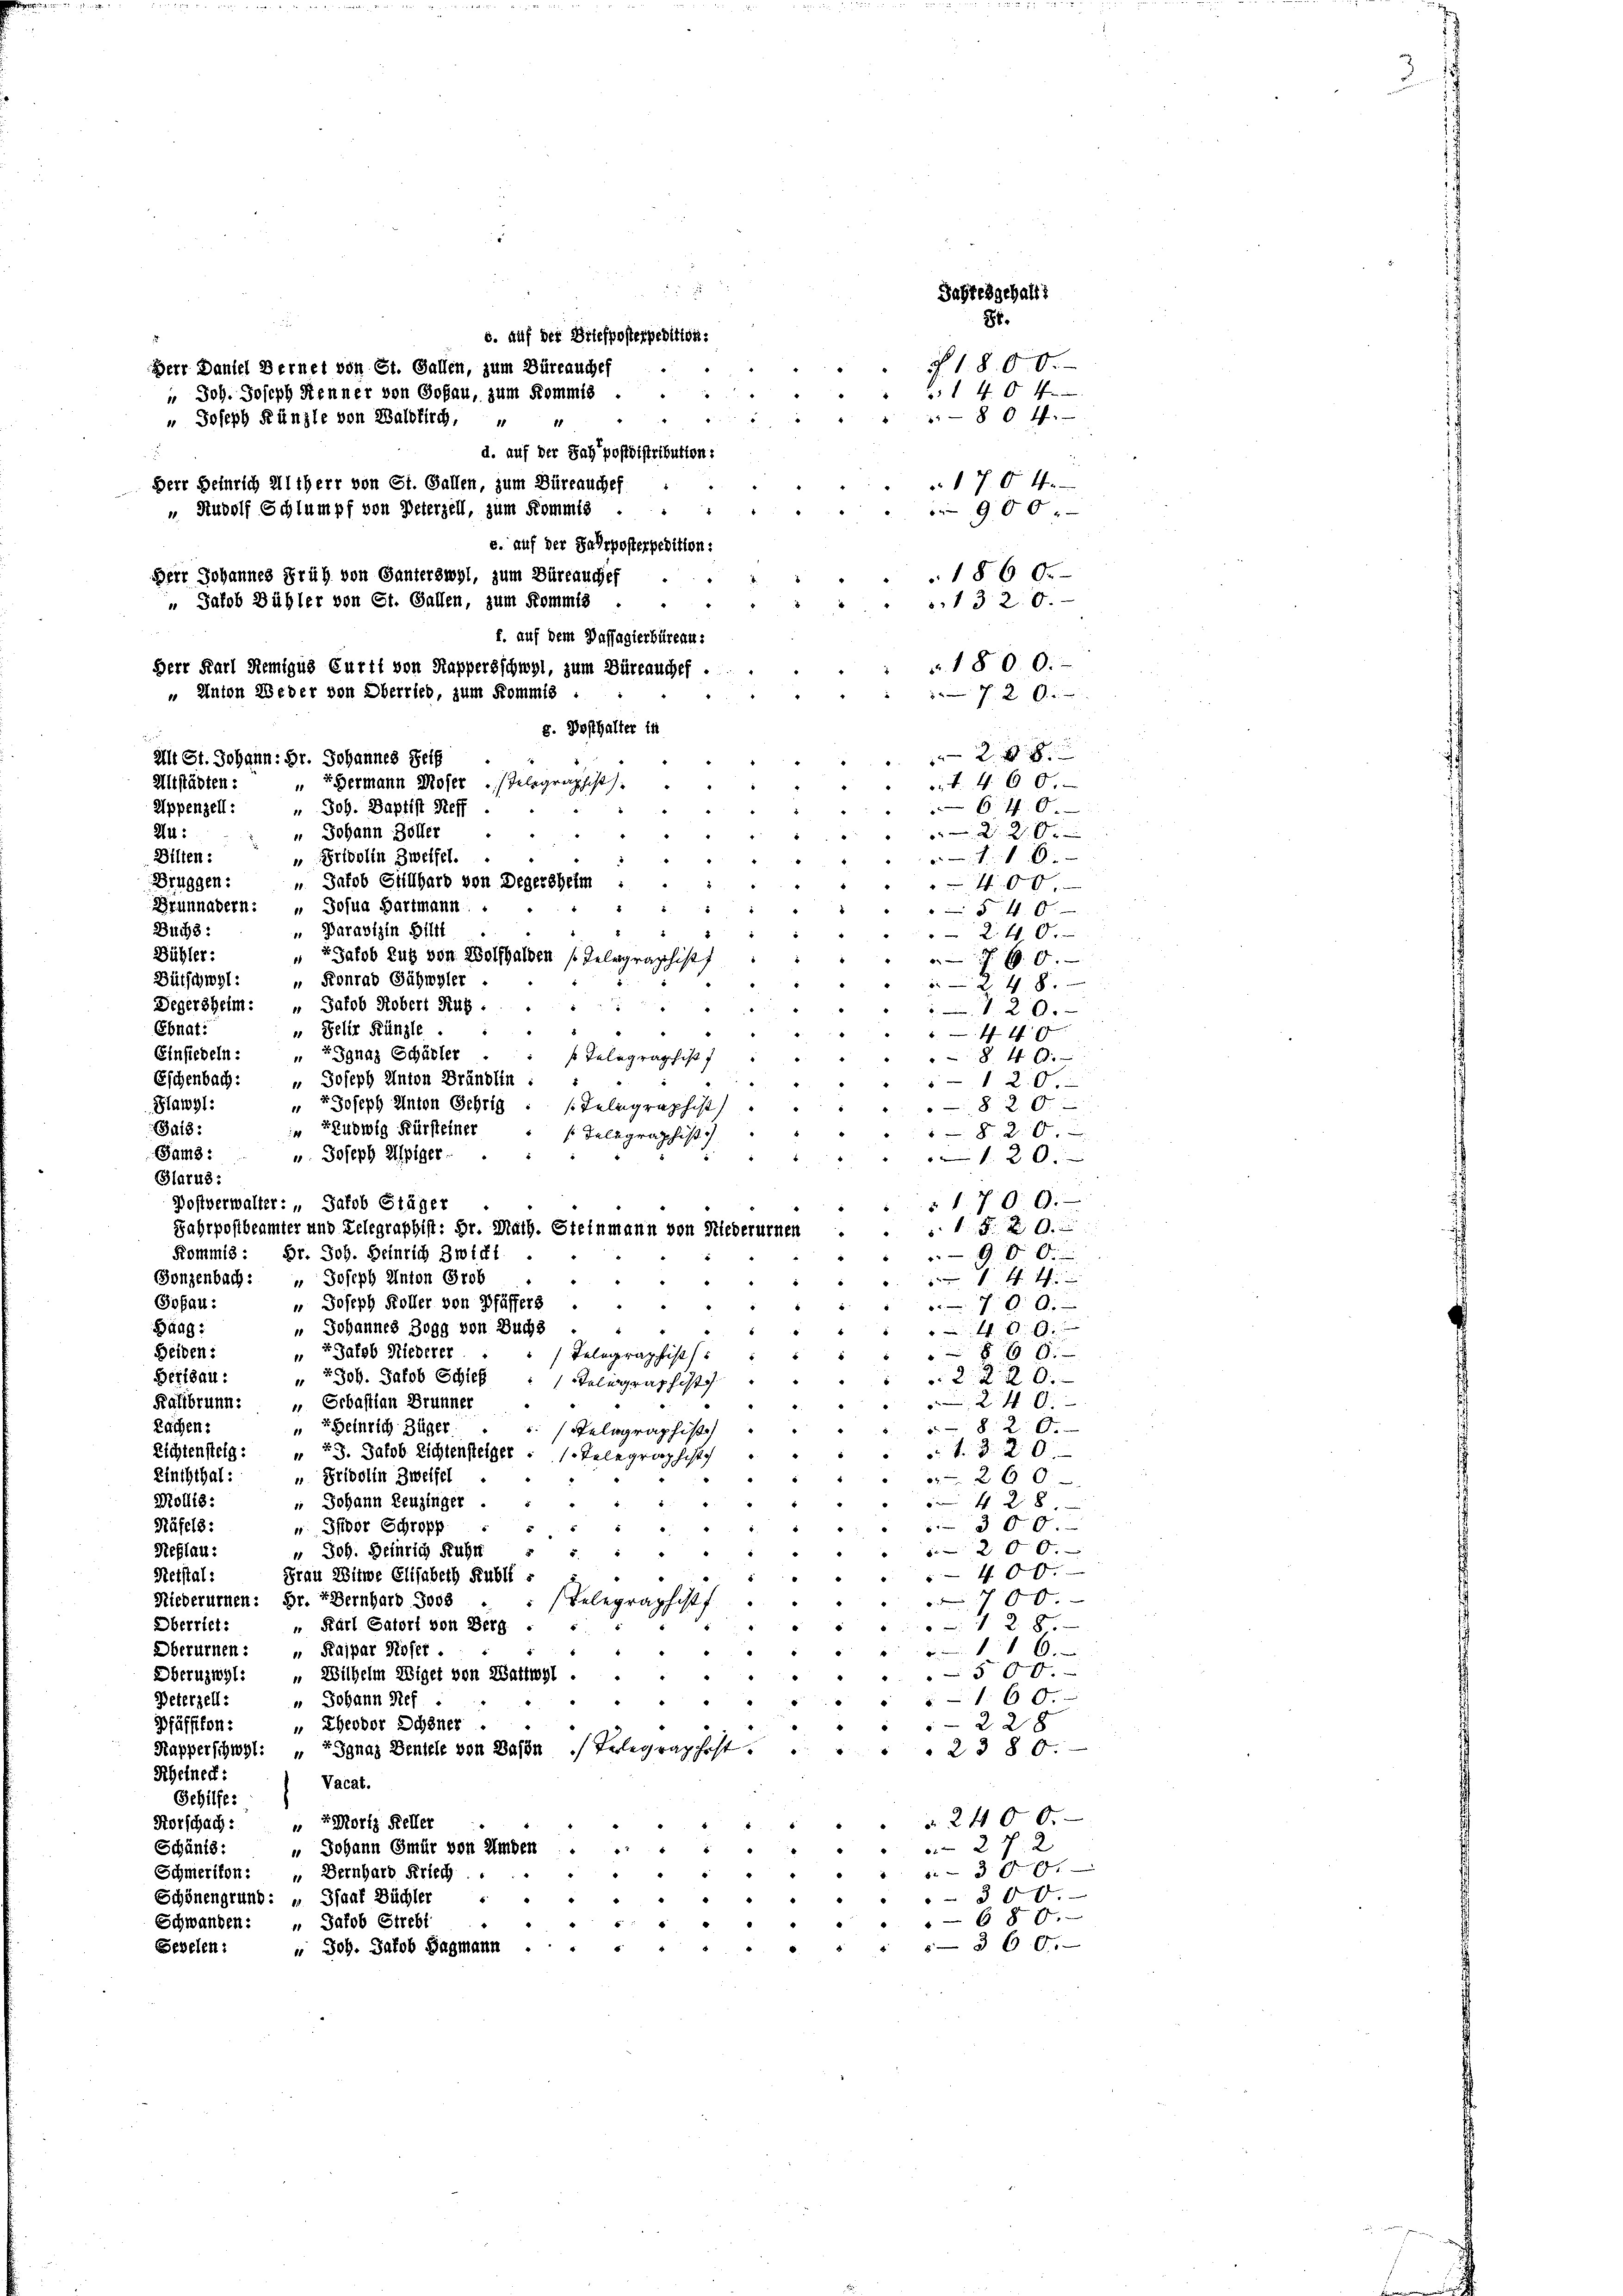
c. auf der Ortefposterpedition.
Herr Dantel Bernet von St. Gallen, zum Büreauchef
" Joh. Joseph Senner von Goßau, zum Kommis
" Joseph Künzle von Waldkirch, " "
d. auf der Sag’postdistribution:
E
Herr Befürich Altherr von St. Gallen, zum Büreauchef :
" Rudolf Schlumpf von Peterzell, zum Kommis ...
s. auf der Fahrposterpedition:
Berr Johannes Früh von Ganterswyl, zum Büreauches
1860.
.
„ Jakob Bübler von St. Gallen, zum Kommis .
1320.
f. auf dem Passagierbüreau-
1800.
Herr Karl Remigus Curti von Kappersschwyl, zum Büreauchef .
" Anton Weder von Oberrieb, zum Kommis .
" 2 De
g. Posthalter in
2
Mit St. Johann: Hr. Johannes Seif
Altstädten :
„EHermann Moser Telegraphist
t. 460.
" Joh. Baptist Reff.
Appenzell:
640.
24:
u Johann Zöller
220x
" Bridolin Zweifel.
Billen:
10.
 Jakob Stillhard von Degersheim:
Bruggen:
400.
Brunnadern: " Josua Hartmann
5 40
Buchs:
" Paravizin Biltt
240.
Bühler:
“ Jakob Zug von Wolfhalden Gelegraphis
760.
Bütschwel: „ Konrad Gähwyler .
248

Jahresgehalt
86.
" " 804.
170 4
900.

§. 1800.
1404

Degersheim: " Jakob Robert Rug.
120.
Ebnat:
„ Jelir Künzle
44 x
Einsiedeln:
E Ignaz Schädler
840.
s Telegraph
Eschenbach: " Joseph Anton Brändlin
120.
Flawyl:
" " Joseph Anton Schrig : Telegraphist
820.
Ja18:
Fludwig Fürsteiner
820.
s Telegraphist
Sams:
u. Joseph Alpiger. ..
120.
Glarus:
 1700.
Dostverwalter: „Jakob Stäger
8 x
Fahrpostbeamter und Telegraphist: Hr. Math. Steinmann von Niederurnen
Kommis: Hr. Joh. Heinrich Zwicht
900

Gonzenbach: " Joseph Anton Grob
Sofau:
" Joseph Koller von Pfäffers
700.
 Johannes Bogg von Buchs
Baag:
400.
+ Jakob Niederer
Heiden:
860.
Telegraphist
1
Bertsau:
+ Joh. Jakob Schlef
2 220.
Telegraphist
240.
Kallbrunn.
 Sebastian Brunner
“
Rachen:
EHeinrich Züger
5. 820.
elage
Zichtensteig: 13. Jakob Lichtensteiger ./. Teleg
 4. d. 20.
Einththal:
“ Fridolin Zweifel
260
Mollis:
 Johann Leuzinger
428
300.
Häfels:
Sidor Schropp
200.
Neflau:
 Joh. Heinrich Ruhr
400.
Frau Witwe Elisabeth Rubli -
Reistal:
00.
Niederurnen: Fr. 7 Bernhard Joos
 x
428.
Oberriet:
" Karl Catort von Berg
" Kaspar Hofer.
116.
Oberurnen:
500.
Oberuzwyl: „Wilhelm Wiget von Wattwyl
160.
" Johann Ref
Peterzell:
 Theodor Schöner
Pfäffikon:
228
2380.
Kapperschwyl: „ Ignaz Bentele von Dahin   Telegraphist.
Rheineck:
Vacat.
Gehilfe.
§ 2400.
+. Mortz Keller
Horschach:
18
Schänts:
27 x
" Johann Gmür von Amden ......
.
300.
“
Schmerikon:
Bernhard Kriech.
11
300.
Schönengrund: „Isaat Büchler
 " " "
680.
Schwanden: " Jakob Strebt
 " "
 Joh. Jakob Hagmann . . . . . . . . . . § 60.-
Sevelen :